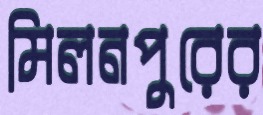
মিলনপুরের